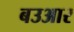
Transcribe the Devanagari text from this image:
बउआर